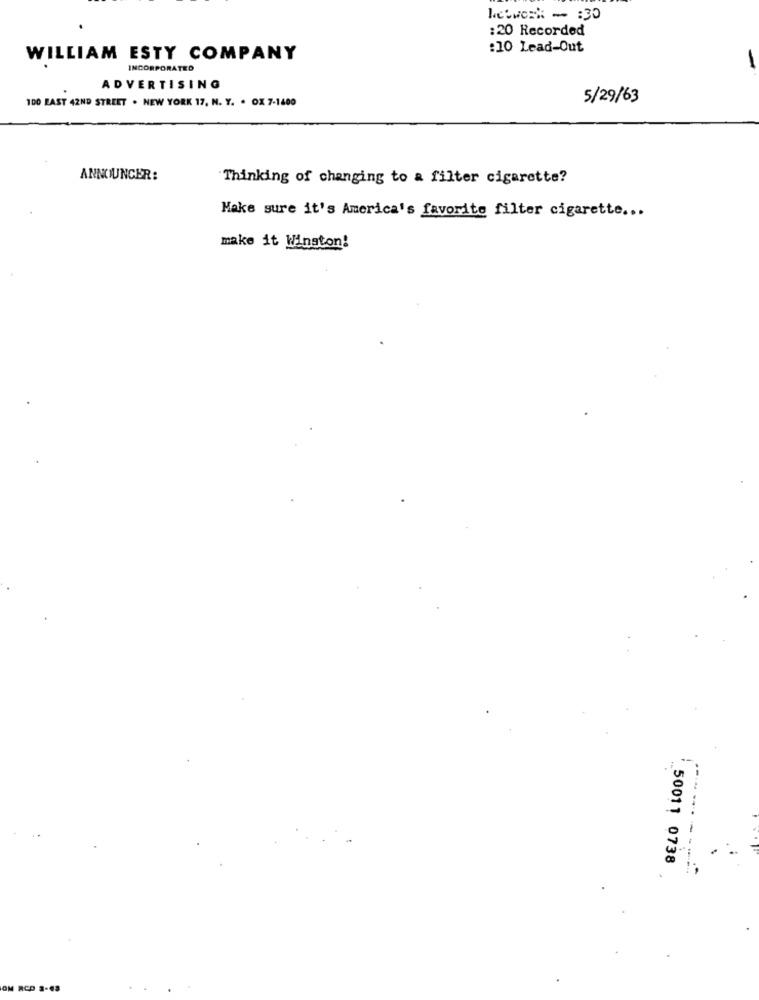
Network - : 30
:20 Recorded
:10 Lead-Out
WILLIAM ESTY COMPANY
INCORPORATED
ADVERTISING
100 EAST 42ND STREET . NEW YORK 17, N. Y. . OX 7-1400
5/29/63
ANNOUNCER:
Thinking of changing to a filter cigarette?
Make sure it's America's favorite filter cigarette ...
make it Winston!
50011 0738
--------
OM RCP 3-43